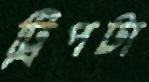
ট্রিপটা